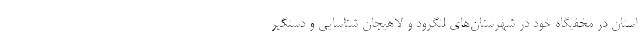
استان در مخفیگاه خود در شهرستان‌های لنگرود و لاهیجان شناسایی و دستگیر